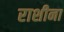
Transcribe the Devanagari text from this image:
राशीना